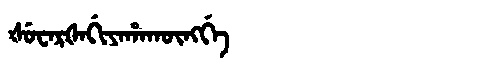
Manchu: ᡧᡠᠸᠠᡵᡧᠠᡤᡳᠶᠠᡥᠠᡴᡡᠩᡤᡝ
Romanization: ŠUWARŠAGIYAHAKŪNGGE